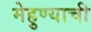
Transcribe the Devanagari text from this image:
मेहुण्याची